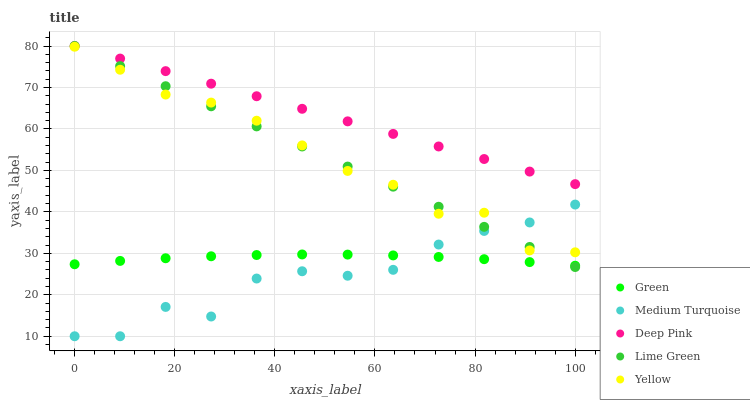
| xaxis_label | Green | Medium Turquoise | Deep Pink | Lime Green | Yellow |
 | --- | --- | --- | --- | --- | --- |
 | 0 | 27.4 | 10 | 80 | 80 | 79.8 |
 | 9.09 | 28.2 | 10 | 77 | 75.2 | 74.3 |
 | 18.2 | 28.8 | 17.1 | 73.9 | 70.3 | 68.3 |
 | 27.3 | 29.3 | 14.8 | 70.9 | 65.5 | 66.4 |
 | 36.4 | 29.6 | 23.9 | 67.9 | 60.6 | 62 |
 | 45.5 | 29.7 | 25.7 | 64.9 | 55.8 | 56 |
 | 54.5 | 29.7 | 24.6 | 61.8 | 50.9 | 49.9 |
 | 63.6 | 29.5 | 26 | 58.8 | 46.1 | 46.5 |
 | 72.7 | 29.1 | 32.1 | 55.8 | 41.2 | 39.5 |
 | 81.8 | 28.6 | 35.4 | 52.7 | 36.4 | 39.8 |
 | 90.9 | 27.9 | 37.4 | 49.7 | 31.5 | 30.7 |
 | 100 | 27 | 41.8 | 46.7 | 26.7 | 30.2 |